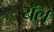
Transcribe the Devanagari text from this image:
यॅल